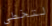
لتخطي